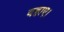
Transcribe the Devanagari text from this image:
बहाए।